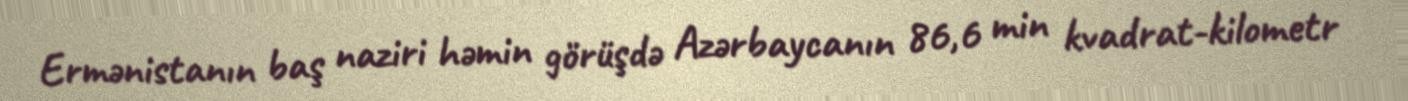
Ermənistanın baş naziri həmin görüşdə Azərbaycanın 86,6 min kvadrat-kilometr